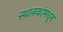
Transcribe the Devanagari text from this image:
स्थानकांमधून